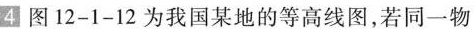
4 图12-1-12为我国某地的等高线图，若同一物